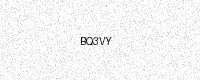
Text: BQ3VY